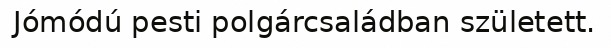
Jómódú pesti polgárcsaládban született.